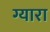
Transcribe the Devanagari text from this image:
ग्यारा